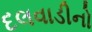
દલવાડીનો